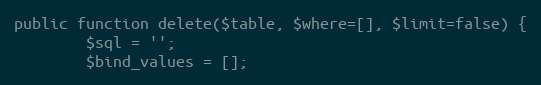
Language: PHP
public function delete($table, $where=[], $limit=false) {
        $sql = '';
        $bind_values = [];